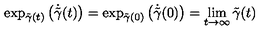
\exp _ { \tilde { \gamma } ( t ) } \left( \dot { \tilde { \gamma } } ( t ) \right) = \exp _ { \tilde { \gamma } ( 0 ) } \left( \dot { \tilde { \gamma } } ( 0 ) \right) = \lim _ { t \rightarrow \infty } { \tilde { \gamma } ( t ) }